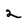
Character: 2